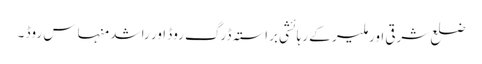
ضلع شرقی اور ملیر کے رہائشی براستہ ڈرگ روڈ اور راشد منہاس روڈ ۔